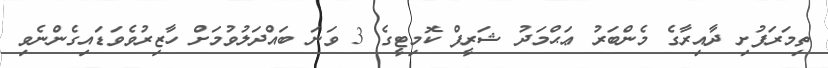
ތިމަރަފުށި ދާއިރާގެ މެންބަރު ޢަޙްމަދު ޝަރީފް ކޮމިޓީގެ 3 ވަނަ ބައްދަލުވުމަށް ހާޒިރުވެވަޑައިގެންނެވި